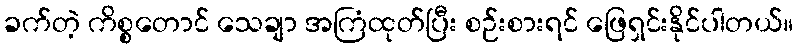
ခက်တဲ့ ကိစ္စတောင် သေချာ အကြံထုတ်ပြီး စဉ်းစားရင် ဖြေရှင်းနိုင်ပါတယ်။